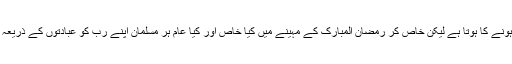
یوں تو ہر مہینہ اللہ کے حضور سربہ سجود ہونے کا ہوتا ہے لیکن خاص کر رمضان المبارک کے مہینے میں کیا خاص اور کیا عام ہر مسلمان اپنے رب کو عبادتوں کے ذریعہ راضی کرنے کی کوششوں میں لگ جاتا ہے۔